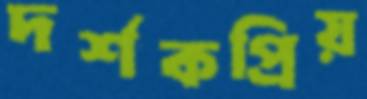
দর্শকপ্রিয়